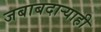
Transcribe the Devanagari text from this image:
जबाबदाऱ्याही